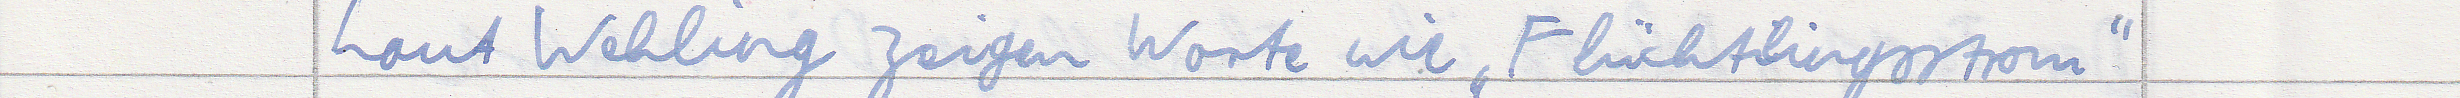
Laut Wehling zeigen Worte wie "Flüchtlingsstrom"